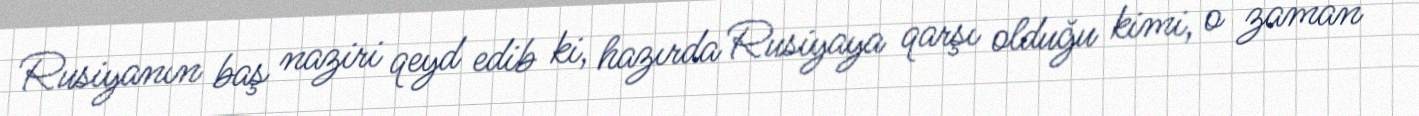
Rusiyanın baş naziri qeyd edib ki, hazırda Rusiyaya qarşı olduğu kimi, o zaman